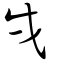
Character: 戌